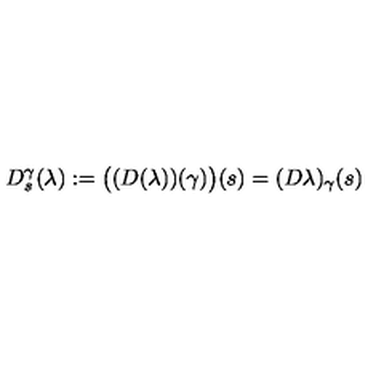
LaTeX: D _ { s } ^ { \gamma } ( \lambda ) : = \bigl ( ( D ( \lambda ) ) ( \gamma ) \bigr ) ( s ) = ( D \lambda ) _ { \gamma } ( s )